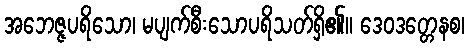
အဘေဇ္ဇပရိသော၊ မပျက်စီးသောပရိသတ်ရှိ၏။ ဒေဝဒတ္တေနစ၊